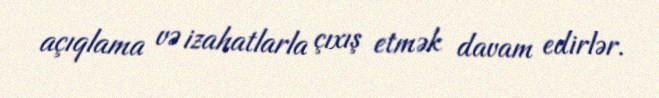
açıqlama və izahatlarla çıxış etmək davam edirlər.